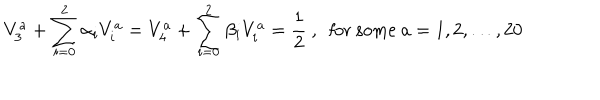
LaTeX: V _ { 3 } ^ { a } + \sum _ { i = 0 } ^ { 2 } \alpha _ { i } V _ { i } ^ { a } = V _ { 4 } ^ { a } + \sum _ { i = 0 } ^ { 2 } \beta _ { i } V _ { i } ^ { a } = { \frac { 1 } { 2 } } ~ , ~ ~ { \mathrm { f o r ~ s o m e } } ~ a = 1 , 2 , \dots , 2 0